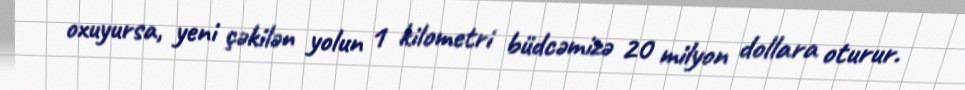
oxuyursa, yeni çəkilən yolun 1 kilometri büdcəmizə 20 milyon dollara oturur.